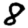
Digit: 8